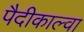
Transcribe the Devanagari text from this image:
पैदीकाल्वा